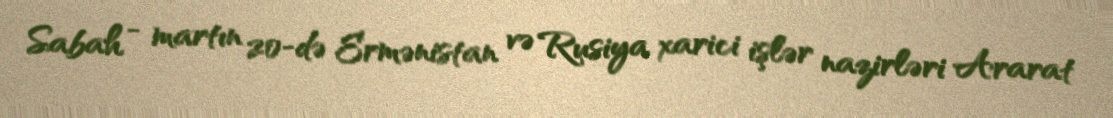
Sabah - martın 20-də Ermənistan və Rusiya xarici işlər nazirləri Ararat